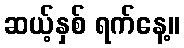
ဆယ့်နှစ် ရက်နေ့။